King Institute of Preventive Medicine Micro-Biological Section reports 1912-19
Year: 1912
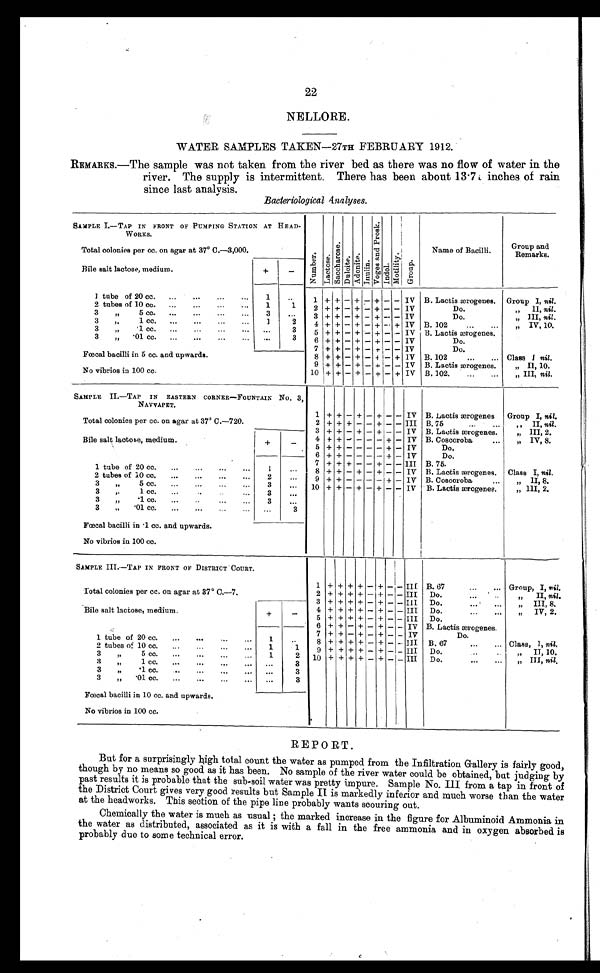
22
NELLORE.
WATER SAMPLES TAKEN-27TH FEBRUARY 1912.
REMARKS.—The sample was not taken from the river bed as there was no flow of water in the
river. The supply is intermittent. There has been about 13.7 inches of rain
since last analysis.
Bacteriological Analyses.
SAMPLE I.—TAP IN FRONT OF PUMPING STATION AT HEAD-
WORKS.
Numbe r . La c t os e .
Sa c c ha r os e .
Du l c i t e .
A d o n i t e .
Inuline.
V o g e s a n d P r o s k .
I n d o l .
Mot i l i t y.
Group.
Total colonies per cc. on agar at 37° C.—3,000.
Name of Bacilli.
Group and
Remarks.
Bile salt lactose, medium.
+
-
1 tube of 20 cc.
...
...
...
...
1
. .
1 + + - + - + - - IV B. Lactis ærogenes. Group I, nil.
2 tubes of 10 cc.
...
...
...
...
1
1
2 + + - + - + - - IV
Do.
„
II, nil.
3
„
5 cc.
...
... ...
. . . 3
. . .
3 + + - + - + - - IV
Do.
„ III, nil.
3
„
1 cc. ...
...
...
...
1
2
4 + + - + - + - + IV B. 102
„
IV,
10.
3
„
. 1
c c .
. . .
. . .
. . .
. . . ...
3
5 + + - + - + - - IV B. Lactis ærogenes.
3
„
. 0 1
c c .
. . .
. . .
. . .
. . . ...
3
6 + + - + - +
+ - IV
Do.
7 + + - + - + - - IV
Do.
Fœcal bacilli in 5 cc. and upwards.
8 + + - + - + - + 1V B. 102
...
... Class I nil.
9 + + - + - + - - IV B. Lactis ærogenes.
„ II, 10.
No vibrios in 100 cc.
10 + + - + - + - + IV B. 102.
...
...
„ III, nil.
SAMPLE II.—TAP IN EASTERN CORNER—FOUNTAIN No. 3,
NAVVAPET.
1 + + - + - + -
- IV B. Lactis ærogenes Group I, nil.
Total colonies per cc. on agar at 37° C.—720.
2 + + + - - + - - III B. 75
...
...
,, II, nil .
3 + + - + - + - - IV B. Lactis ærogenes.
„ III, 2.
4 + +
- - - - +
- IV B. Coscoroba
...
„ IV, 8
Bile salt lactose, medium.
+
_-
5 + + - - - - + - IV
Do.
6 + + - - - - +
- IV
Do.
7 + + + - - + - - III B. 75.
1 tube of 20 cc. ...
...
...
...
1
...
8 + + - + - + -
- IV B. Lactis ærogenes. Class I, nil.
2 tubes of 10 cc. ...
...
...
...
2
...
9 + + - - - - + - IV B. Coscoroba
„
II
8.
3
„
5 CC.
... ...
...
. . . 3
. . . 10 + + - + - + - - IV B. Lactis ærogenes.
„
„
III,
2.
3
,.
1 ce. ...
3
„
.1 cc. ... ..
3
3
„
.01 cc. ... ...
3
Fœcal bacilli in .1 cc. and upwards.
No vibrios in 100 cc.
SAMPLE III.—TAP IN FRONT OF DISTRICT COURT.
1
+
+ + +
-
+ -
- III B. 67
...
...
Group, I, nil.
Total colonies per cc. on agar at 37° C.—7.
2 +
+ + + - + -
- III Do.
...
. .
„ II, nil.
3 +
+ + + - - -
- III Do.
... ' ...
„ III, 8.
4 + + + + - -+ -
- III Do.
TV, 2 2.
Bile salt lactose, medium.
+
_
5 + + + + - + -
- III Do.
6 + + - + - + -
- IV B. Lactis ærogenes.
7 + + + - - + -
- IV
Do.
1 tube of 20 cc. ...
...
8 + + + + - + -
- III B. 67
...
... Class, 1, nil.
2 tubes of 10 cc. ...
...
...
...
1
1
9 + + + + - + -
- III Do.
.
„ II, 10.
3
„
5 cc. ...
...
...
...
1
2 10 + + + + - + -
- III Do.
--
...
„ III, nil.
3
„ 1 c c
3
3
„
. 1 c c .
. . .
. . .
. . .
. . . ...
3
3
„
. 0 1 c c .
. . .
. . .
. . .
. . . ...
3
Fœcal bacilli in 10 cc. and upwards.
No vibrios in 100 cc.
REPORT.
But for a surprisingly high total count the water as pumped from the Infiltration Gallery is fairly good,
though by no means so good as it has been. No sample of the river water could be obtained, but judging by
past results it is probable that the sub-soil water was pretty impure. Sample No. III from a tap in front of
the District Court gives very good results but Sample IT is markedly inferior and much worse than the water
at the headworks. This section of the pipe line probably wants scouring out.
Chemically the water is much as usual ; the marked increase in the figure for Albuminoid Ammonia in
the water as distributed, associated as it is with a fall in the free ammonia and in oxygen absorbed is
probably due to some technical error.